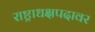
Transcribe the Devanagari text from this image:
राष्ट्राधक्षपदावर